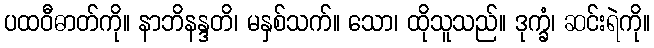
ပထဝီဓာတ်ကို။ နာဘိနန္ဒတိ၊ မနှစ်သက်။ သော၊ ထိုသူသည်။ ဒုက္ခံ၊ ဆင်းရဲကို။